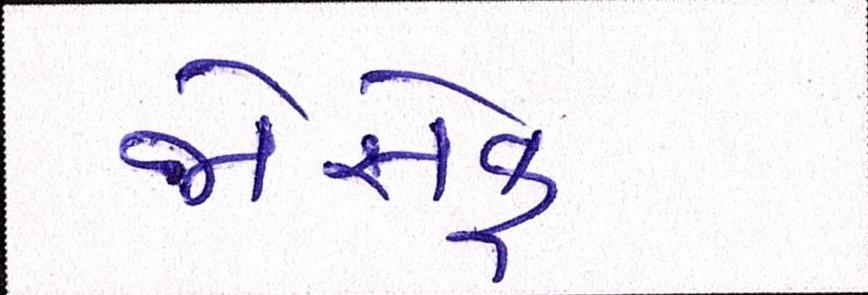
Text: જોસેફ